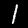
Digit: 1